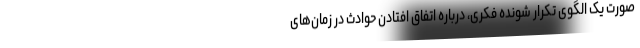
صورت یک الگوی تکرار شونده فکری، درباره اتفاق افتادن حوادث در زمان‌های